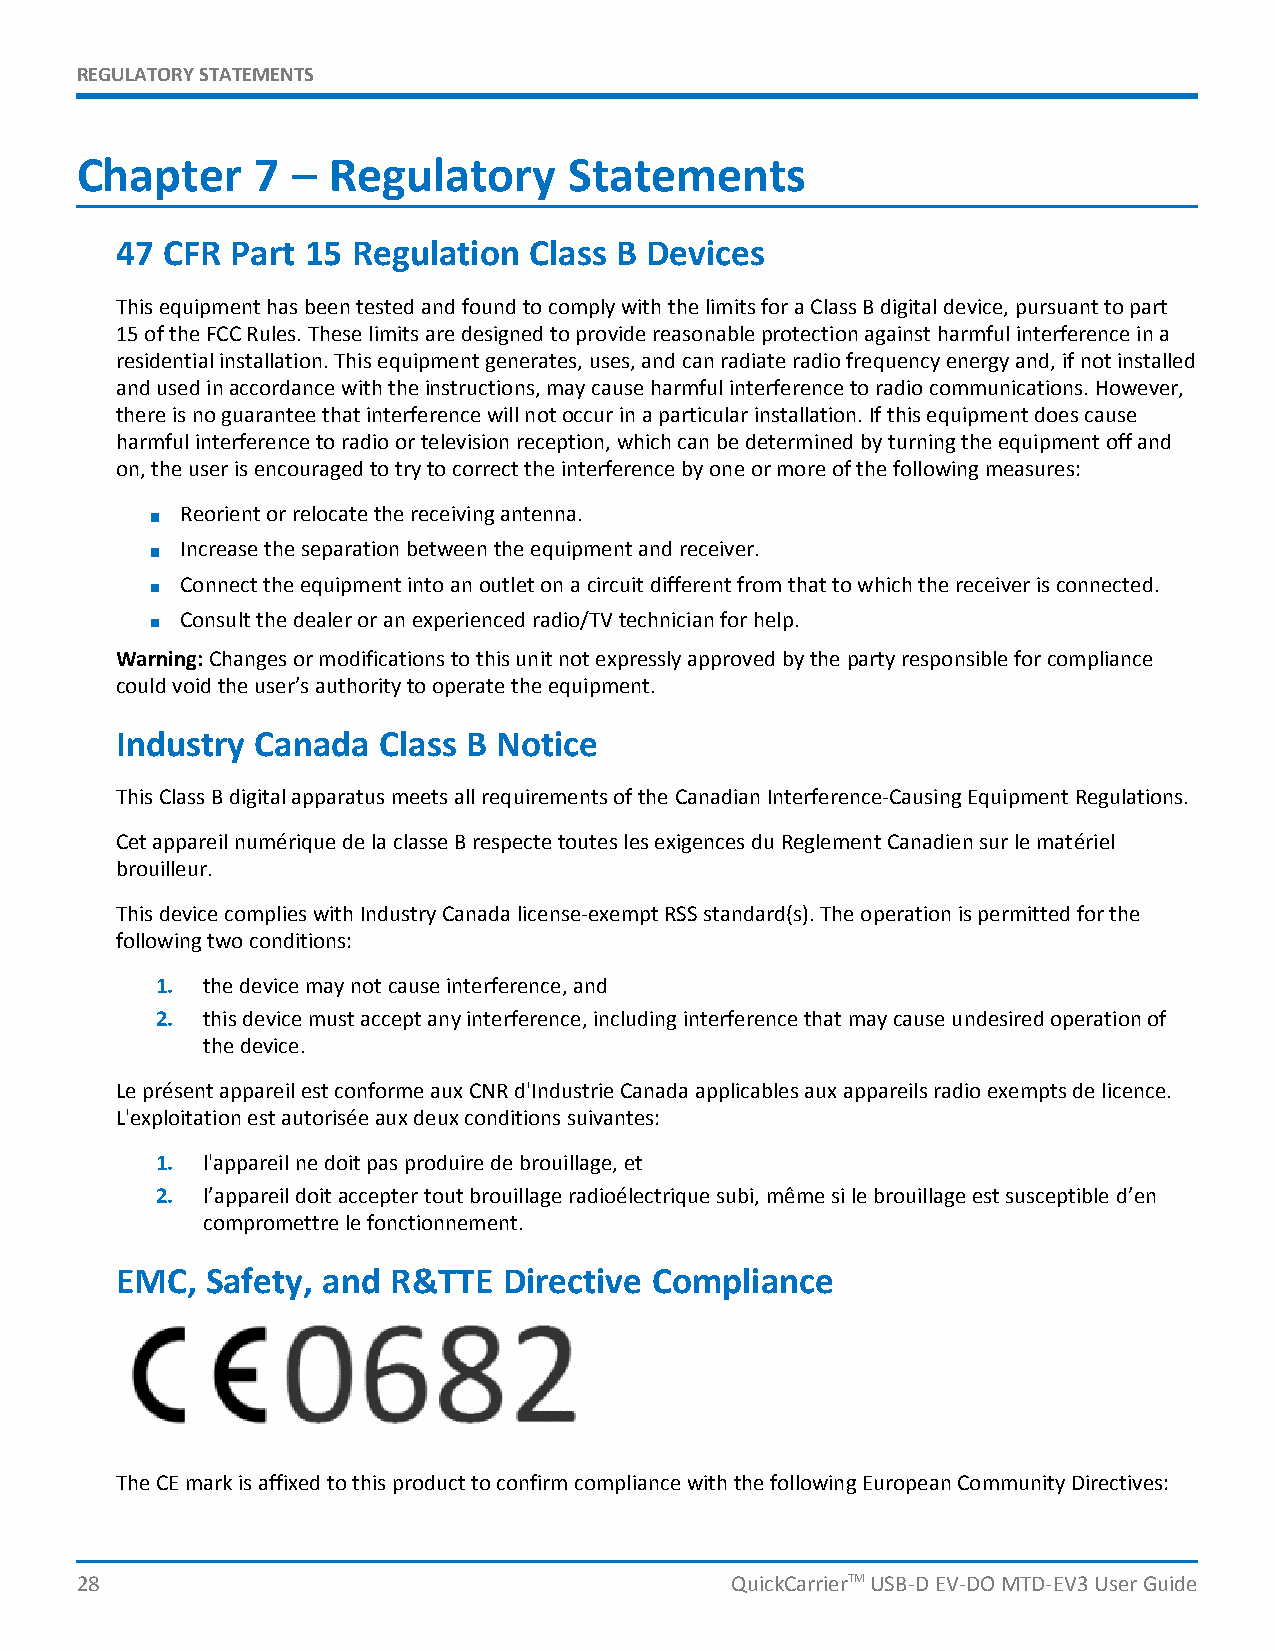
REGULATORYSTATEMENTS
 Chapter     7 –  Regulatory      Statements
 47 CFR Part 15 Regulation  Class B Devices
 ThisequipmenthasbeentestedandfoundtocomplywiththelimitsforaClassBdigitaldevice,pursuanttopart
 15oftheFCCRules.Theselimitsaredesignedtoprovidereasonableprotectionagainstharmfulinterferenceina
 residentialinstallation.Thisequipmentgenerates,uses,andcanradiateradiofrequencyenergyand,ifnotinstalled
 andusedinaccordancewiththeinstructions,maycauseharmfulinterferencetoradiocommunications.However,
 thereisnoguaranteethatinterferencewillnotoccurinaparticularinstallation.Ifthisequipmentdoescause
 harmfulinterferencetoradioortelevisionreception,whichcanbedeterminedbyturningtheequipmentoffand
 on,theuserisencouragedtotrytocorrecttheinterferencebyoneormoreofthefollowingmeasures:
 Reorientorrelocatethereceivingantenna.
 Increasetheseparationbetweentheequipmentandreceiver.
 Connecttheequipmentintoanoutletonacircuitdifferentfromthattowhichthereceiverisconnected.
 Consultthedealeroranexperiencedradio/TVtechnicianforhelp.
 Warning:Changesormodificationstothisunitnotexpresslyapprovedbythepartyresponsibleforcompliance
 couldvoidtheuser’sauthoritytooperatetheequipment.
 Industry Canada  Class B Notice
 ThisClassBdigitalapparatusmeetsallrequirementsoftheCanadianInterference-CausingEquipmentRegulations.
 CetappareilnumériquedelaclasseBrespectetouteslesexigencesduReglementCanadiensurlematériel
 brouilleur.
 ThisdevicecomplieswithIndustryCanadalicense-exemptRSSstandard(s).Theoperationispermittedforthe
 followingtwoconditions:
 1. thedevicemaynotcauseinterference,and
 2. thisdevicemustacceptanyinterference,includinginterferencethatmaycauseundesiredoperationof
 thedevice.
 LeprésentappareilestconformeauxCNRd'IndustrieCanadaapplicablesauxappareilsradioexemptsdelicence.
 L'exploitationestautoriséeauxdeuxconditionssuivantes:
 1. l'appareilnedoitpasproduiredebrouillage,et
 2. l’appareildoitacceptertoutbrouillageradioélectriquesubi,mêmesilebrouillageestsusceptibled’en
 compromettrelefonctionnement.
 EMC,  Safety, and R&TTE  Directive Compliance
 TheCEmarkisaffixedtothisproducttoconfirmcompliancewiththefollowingEuropeanCommunityDirectives:
 28                                         QuickCarrierTMUSB-DEV-DOMTD-EV3UserGuide